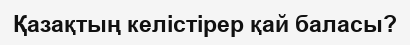
Қазақтың келістірер қай баласы?